Annual report of the Bengal Veterinary College and of the Civil Veterinary Department, Bengal, for the year 1918-19 - 1918-1919
Year: 1918
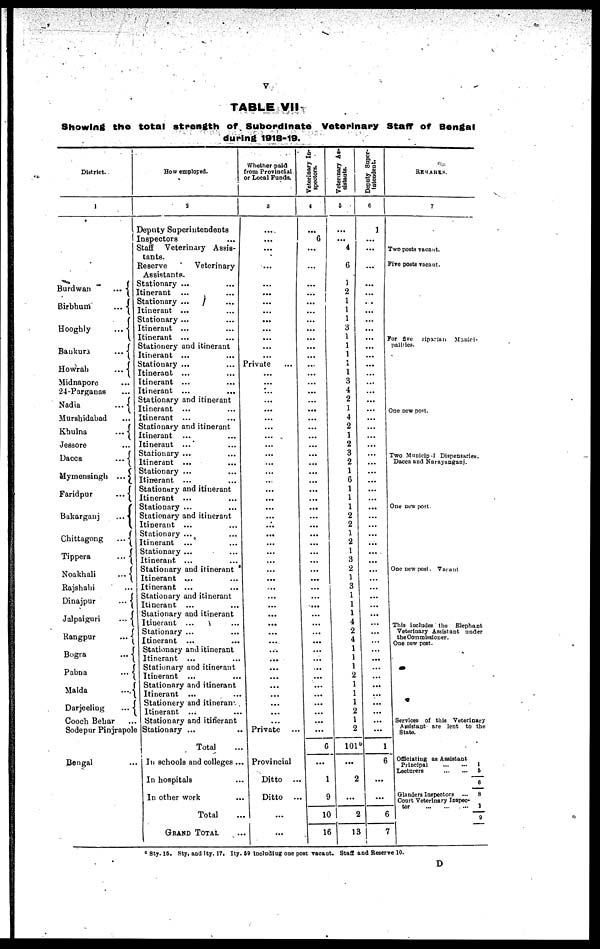
v
TABLE VII
Showing the total strength of Subordinate Veterinary Staff of Bengal
during 1918-19.
District.
1
Burdwan
...
Birbhum
...
Hooghly
...
Bankura
...
Howrah
...
Midnapore ...
24-Parganas ...
Nadia
...
Murshidabad ...
Khulna
...
Jessore ...
Dacca
...
Mymensingh ...
Faridpur
...
Bakarganj
...
Chittagong
...
Tippera
...
Noakhali
...
Rajshahi ...
Dinajpur
...
Jalpaiguri
...
Rangpur
...
Bogra
...
Pabna
...
Malda
...
Darjeeling
...
Cooch Behar ...
Sodepur Pinjrapole
Bengal ...
How employed.
2
Deputy Superintendents
Inspectors ...
Staff Veterinary Assis-
tants.
Reserve
Veterinary
Assistants.
Stationary ... ...
Itinerant ... ...
Stationary ... ...
Itinerant ... ...
Stationary ... ...
Itinerant ... ...
Itinerant ... ...
Stationery and itinerant
Itinerant ... ...
Stationary ... ...
Itinerant ... ...
Itinerant ... ...
Itinerant ... ...
Stationary and itinerant
Itinerant ... ...
Itinerant ... ...
Stationary and itinerant
Itinerant ... ...
Itinerant ... ...
Stationary ... ...
Itinerant ... ...
Stationary ... ...
Itinerant ... ...
Stationary and itinerant
Itinerant ... ...
Stationary ... ...
Stationary and itinerant
Itinerant ... ...
Stationary ... ...
Itinerant ... ...
Stationary ... ...
Itinerant ... ...
Stationary and itinerant
Itinerant ... ...
Itinerant ... ...
Stationary and itinerant
Itinerant ... ...
Stationary and itinerant
Itinerant ... ...
Stationary ... ...
Itinerant ... ...
Stationary and itinerant
Itinerant ... ...
Stationary and itinerant
Itinerant ... ...
Stationary and itinerant
Itinerant ... ...
Stationery and itinerant
Itinerant ... ...
Stationary and itinerant
Stationary ... ...
Total ...
In schools and colleges ...
In hospitals ...
In other work ...
Total ...
GRAND TOTAL ...
Whether paid
from Provincial
or Local Funds.
3
...
...
...
...
...
...
...
...
...
...
...
...
...
Private ...
...
...
...
...
...
...
...
...
...
...
...
...
...
...
...
...
...
...
...
...
...
...
...
...
...
...
...
...
...
...
...
...
...
...
...
...
...
...
Private ...
Provincial
Ditto ...
Ditto ...
...
...
Veterinary In-
spectors.
4
...
6
...
...
...
... ...
...
...
...
...
...
...
...
...
...
...
...
...
...
...
...
...
...
...
...
...
...
...
...
...
...
...
...
...
...
...
...
...
...
...
...
...
...
...
...
...
...
...
...
...
...
...
...
6
...
1
9
10
16
Veterinary As-
sistants.
5
...
...
4
6
1
2
1
1
1
3
1
1
1
1
1
3
4
2
1
4
2
1
2
3
2
1
6
1
1
1
2
2
1
2
1
3
2
1
3
1
1
1
4
2
4
1
1
1
2
1
1
1
2
1
2
101
...
...
2
...
2
13
Deputy Super-
intendent.
6
1
...
...
...
...
...
. .
...
...
...
...
...
...
...
...
...
...
...
...
...
...
...
...
...
...
...
...
...
...
...
...
...
...
...
...
...
...
...
...
... ...
...
...
... ...
...
...
...
...
...
...
...
1
6
...
...
6
7
REMARKS.
7
Two
posts vacant.
Five posts vacant.
For
five
ripatian
Munici-
palities.
One new post.
Two Municipal Dispensaries,
Dacca and Narayanganj.
One new post.
One new post, Vaccant
This includes the Elephant
Veterinary Assistant under
the Commissioner.
One Dow post.
Services of this Veterinary
Assistant are lent to the
State.
Officiating as Assistant
Principal
...
...
1
Lecturers
...
...
5
6
Glanders Inspectors ...
8
Court Veterinary Inspec-
tor
...
...
...
1
9
‡ Sty. 15. Sty, and Ity. 17, Ity. 59 Including one post vacant. Staff and Reserve 10.
D